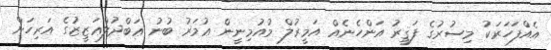
އެއްފަހަރަކު މިސުރުގެ ފަޤީރު އަންހެނެއް އަމީރުލް މުއުމިނީން ޢުުމަރު ބުނު ޢަބްދުލްޢަޒީޒުގެ އަރިހަށް